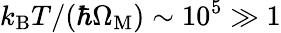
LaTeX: k_{\mathrm{B}}T/(\hbar\Omega_{\mathrm{M}})\sim 10^{5}\gg 1